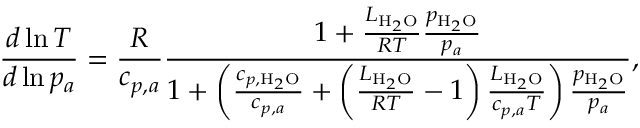
\frac { d \ln { T } } { d \ln { p _ { a } } } = \frac { R } { c _ { p , a } } \frac { 1 + \frac { L _ { \mathrm { H } _ { 2 } \mathrm { O } } } { R T } \frac { p _ { \mathrm { H } _ { 2 } \mathrm { O } } } { p _ { a } } } { 1 + \left( \frac { c _ { p , \mathrm { H } _ { 2 } \mathrm { O } } } { c _ { p , a } } + \left( \frac { L _ { \mathrm { H } _ { 2 } \mathrm { O } } } { R T } - 1 \right) \frac { L _ { \mathrm { H } _ { 2 } \mathrm { O } } } { c _ { p , a } T } \right) \frac { p _ { \mathrm { H } _ { 2 } \mathrm { O } } } { p _ { a } } } ,